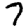
Digit: 7